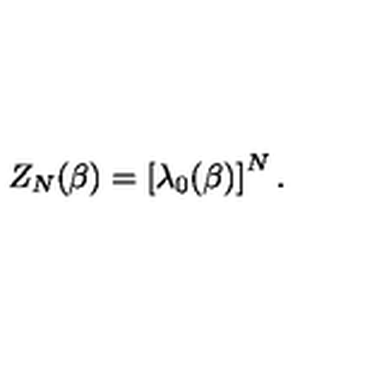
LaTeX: Z _ { N } ( \beta ) = \left[ \lambda _ { 0 } ( \beta ) \right] ^ { N } .